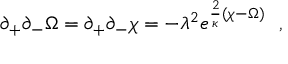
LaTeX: \partial _ { + } \partial _ { - } \Omega = \partial _ { + } \partial _ { - } \chi = - \lambda ^ { 2 } e ^ { { \frac { 2 } { \kappa } } ( \chi - \Omega ) } \ \ ,